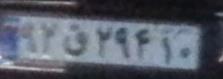
۹۲ق۲۹۴۱۰